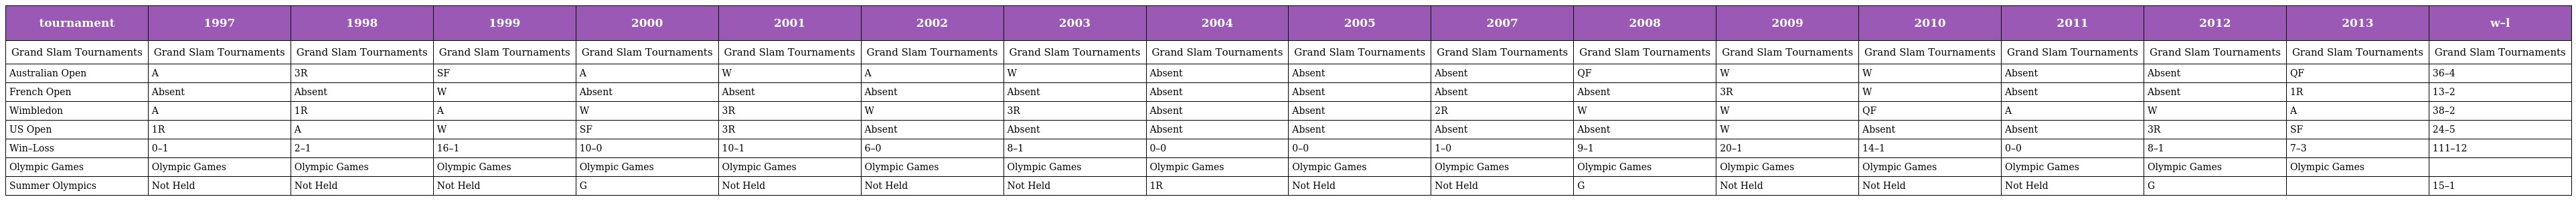
| tournament | 1997 | 1998 | 1999 | 2000 | 2001 | 2002 | 2003 | 2004 | 2005 | 2007 | 2008 | 2009 | 2010 | 2011 | 2012 | 2013 | w–l |
 | --- | --- | --- | --- | --- | --- | --- | --- | --- | --- | --- | --- | --- | --- | --- | --- | --- | --- |
 | Grand Slam Tournaments | Grand Slam Tournaments | Grand Slam Tournaments | Grand Slam Tournaments | Grand Slam Tournaments | Grand Slam Tournaments | Grand Slam Tournaments | Grand Slam Tournaments | Grand Slam Tournaments | Grand Slam Tournaments | Grand Slam Tournaments | Grand Slam Tournaments | Grand Slam Tournaments | Grand Slam Tournaments | Grand Slam Tournaments | Grand Slam Tournaments | Grand Slam Tournaments | Grand Slam Tournaments |
 | Australian Open | A | 3R | SF | A | W | A | W | Absent | Absent | Absent | QF | W | W | Absent | Absent | QF | 36–4 |
 | French Open | Absent | Absent | W | Absent | Absent | Absent | Absent | Absent | Absent | Absent | Absent | 3R | W | Absent | Absent | 1R | 13–2 |
 | Wimbledon | A | 1R | A | W | 3R | W | 3R | Absent | Absent | 2R | W | W | QF | A | W | A | 38–2 |
 | US Open | 1R | A | W | SF | 3R | Absent | Absent | Absent | Absent | Absent | Absent | W | Absent | Absent | 3R | SF | 24–5 |
 | Win–Loss | 0–1 | 2–1 | 16–1 | 10–0 | 10–1 | 6–0 | 8–1 | 0–0 | 0–0 | 1–0 | 9–1 | 20–1 | 14–1 | 0–0 | 8–1 | 7–3 | 111–12 |
 | Olympic Games | Olympic Games | Olympic Games | Olympic Games | Olympic Games | Olympic Games | Olympic Games | Olympic Games | Olympic Games | Olympic Games | Olympic Games | Olympic Games | Olympic Games | Olympic Games | Olympic Games | Olympic Games | Olympic Games |  |
 | Summer Olympics | Not Held | Not Held | Not Held | G | Not Held | Not Held | Not Held | 1R | Not Held | Not Held | G | Not Held | Not Held | Not Held | G |  | 15–1 |